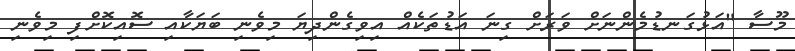
މޫސާ "އަޅުގަނޑުމެންނަށް ވަރަށް ގިނަ އަޑުތަކެއް އިވިގެންދިޔަ މިވެނި ބަޔަކާއި ސޮއިކޮށްފި މިވެނި